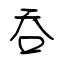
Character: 吞